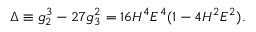
\Delta \equiv g _ { 2 } ^ { 3 } - 2 7 g _ { 3 } ^ { 2 } = 1 6 H ^ { 4 } E ^ { 4 } ( 1 - 4 H ^ { 2 } E ^ { 2 } ) .